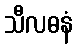
သီလဓနံ